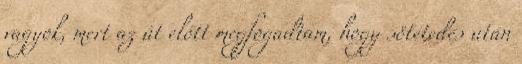
vagyok, mert az út előtt megfogadtam, hogy sötétedés után